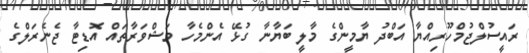
ރައީސުލްޖުމްހޫރިއްޔާ އަބްދު ޔާމީންގެ މާލީ ބަޔާނާ ގުޅޭ އެންމެހާ މަޝްވަރާތައް އޮޑިޓާ ޖެނެރަލްގެ